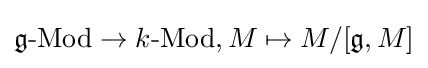
{\mathfrak {g}}{\text{-Mod}}\to k{\text{-Mod}},M\mapsto M/[{\mathfrak {g}},M]